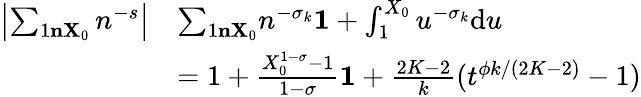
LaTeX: \begin{array}{rl}{\left|\sum_{1\le n\le X_{0}}n^{-s}\right|}&{\le\sum_{1\le n\le X_{0}}n^{-\sigma_{k}}\le 1+\int_{1}^{X_{0}}u^{-\sigma_{k}}\mathrm{d}u}\\ &{=1+\frac{X_{0}^{1-\sigma}-1}{1-\sigma}\le 1+\frac{2K-2}{k}(t^{\phi k/(2K-2)}-1)}\end{array}